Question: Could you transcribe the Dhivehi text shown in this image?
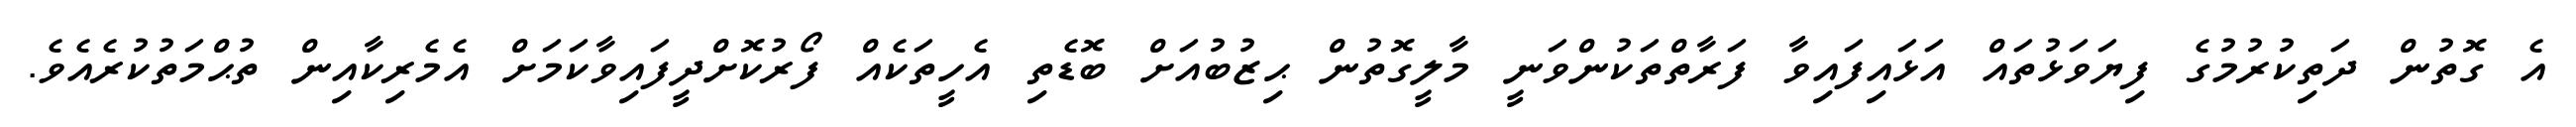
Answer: އެ ގޮތުން ދަތިކުރުމުގެ ފިޔަވަޅުތައް އަޅައިފައިވާ ފަރާތްތަކުންވަނީ މާލީގޮތުން ޙިޒުބުއަށް ބޮޑެތި އެހީތަކެއް ފޯރުކޮށްދީފައިވާކަމަށް އެމެރިކާއިން ތުޙްމަތުކުރެއެވެ.